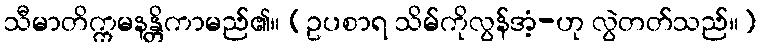
သီမာတိက္ကမနန္တိကာမည်၏။ (ဥပစာရ သိမ်ကိုလွန်အံ့-ဟု လွဲတတ်သည်။)